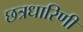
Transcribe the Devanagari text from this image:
छत्रधारिणी